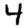
Digit: 4